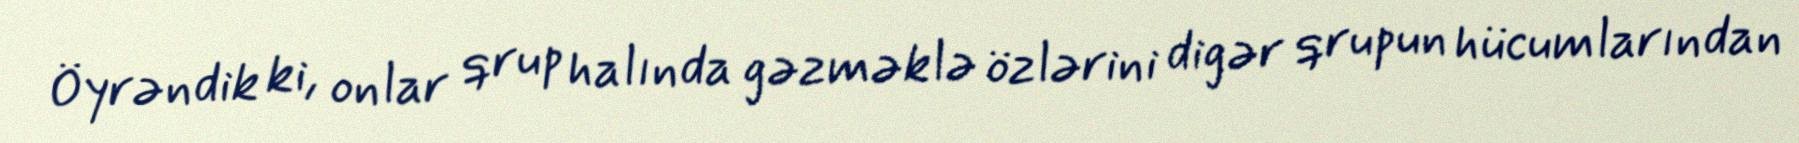
Öyrəndik ki, onlar qrup halında gəzməklə özlərini digər qrupun hücumlarından